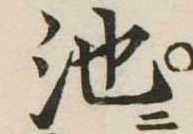
池